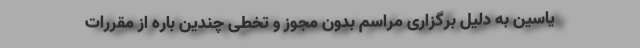
ياسين به دليل برگزاری مراسم بدون مجوز و تخطى چندین باره از مقررات